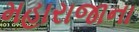
મહારાજાના